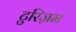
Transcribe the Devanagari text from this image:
टुरिज़म